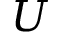
U